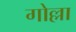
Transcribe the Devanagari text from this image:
गोल्ला